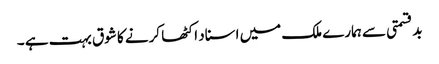
بدقسمتی سے ہمارے ملک میں اسناد اکٹھا کرنے کا شوق بہت ہے ۔